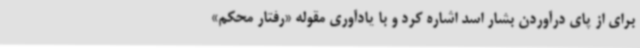
برای از پای درآوردن بشار اسد اشاره کرد و با یادآوری مقوله «رفتار محکم»